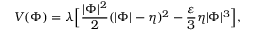
V ( \Phi ) = \lambda \Bigl [ { \frac { | \Phi | ^ { 2 } } { 2 } } ( | \Phi | - \eta ) ^ { 2 } - \frac { \varepsilon } { 3 } { \eta } | \Phi | ^ { 3 } \Bigr ] ,